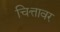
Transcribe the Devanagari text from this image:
चित्तावर